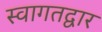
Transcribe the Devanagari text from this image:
स्वागतद्वार